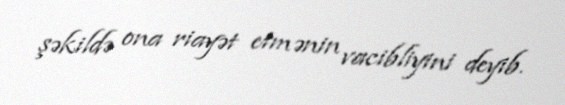
şəkildə ona riayət etmənin vacibliyini deyib.